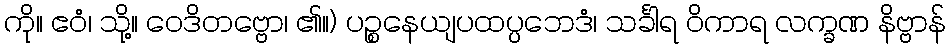
ကို။ ဧဝံ၊ သို့။ ဝေဒိတဗ္ဗော၊ ၏။) ပဉ္စနေယျပထပ္ပဘေဒံ၊ သင်္ခါရ ဝိကာရ လက္ခဏ နိဗ္ဗာန်